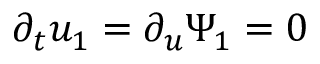
\partial _ { t } u _ { 1 } = \partial _ { u } \Psi _ { 1 } = 0